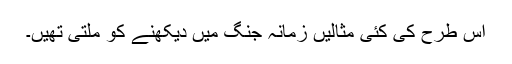
اس طرح کی کئی مثالیں زمانہ جنگ میں دیکھنے کو ملتی تھیں۔